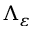
\Lambda _ { \varepsilon }